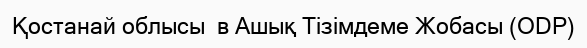
Қостанай облысы  в Ашық Тізімдеме Жобасы (ODP)